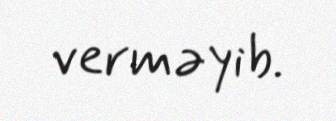
verməyib.